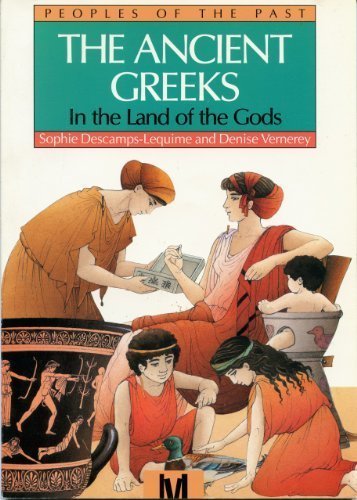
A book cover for Ancient Greeks:Land Of God (Peoples of the Past); Sophie Deschamps-Lequime; Children's Books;